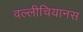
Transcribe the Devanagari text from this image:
वल्लीचियानस